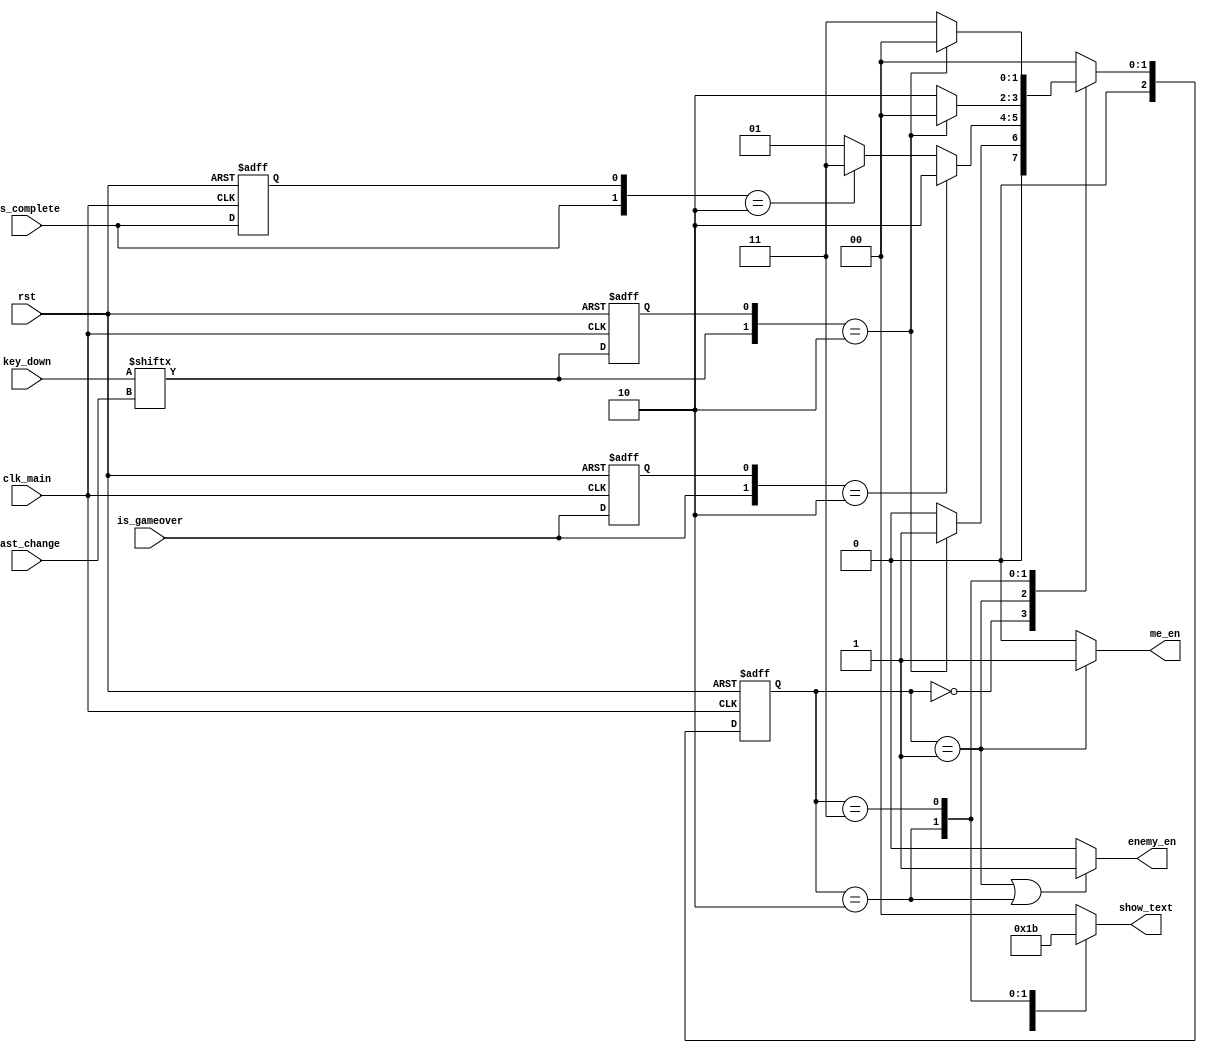
`timescale 1ns / 1ps
//////////////////////////////////////////////////////////////////////////////////
// Company: 
// Engineer: 
// 
// Design Name: 
// Module Name: game_FSM
// Project Name: 
// Target Devices: 
// Tool Versions: 
// Description: 
// 
// Dependencies: 
// 
// Revision:
// Revision 0.01 - File Created
// Additional Comments:
// 
//////////////////////////////////////////////////////////////////////////////////
`define GAME_READY 3'b000
`define GAME_START 3'b001
`define GAME_OVER 3'b010
`define GAME_COMPLETE 3'b011
`define GAME_PAUSE 3'b100

module game_FSM(
    input clk_main,
    input rst,
    input is_gameover,
    input is_complete,
    input [511:0]key_down,
    input [8:0]last_change,
    output reg me_en,
    output reg enemy_en,
    output reg [1:0]show_text//00->show nothing 
                        //01->show"push any butn to start"
                        //10->show gameover
                        //11->show  success
    );
    
    reg is_gameover_tmp,is_complete_tmp,key_down_tmp;
    always@(posedge clk_main or posedge rst)
    if(rst)begin
        is_gameover_tmp <= 0;
        is_complete_tmp <= 0;
        key_down_tmp <= 0;
    end
    else begin
        is_gameover_tmp <= is_gameover;
        is_complete_tmp <= is_complete;
        key_down_tmp <= key_down[last_change];    
    end
    
    reg [2:0]stat,next_stat;
    always@(posedge clk_main or posedge rst)
    if(rst)
        stat<=0;
    else
        stat<=next_stat;
        
    always@*
    case(stat)
    `GAME_READY:
        if({key_down[last_change],key_down_tmp}==2'b10)
            next_stat = `GAME_START;
        else
            next_stat = `GAME_READY;
        
    `GAME_START:    
        if({is_gameover,is_gameover_tmp}==2'b10)
            next_stat = `GAME_OVER;
        else if({is_complete,is_complete_tmp}==2'b10)
            next_stat = `GAME_COMPLETE;
        else
            next_stat = `GAME_START;

    `GAME_OVER:
        if({key_down[last_change],key_down_tmp}==2'b10)
            next_stat = `GAME_READY;
        else
            next_stat = `GAME_OVER;
            
    `GAME_COMPLETE:
        if({key_down[last_change],key_down_tmp}==2'b10)
            next_stat = `GAME_READY;
        else
            next_stat = `GAME_COMPLETE;
    default:next_stat= `GAME_READY;
    endcase
    
    /////output
    always@*
    if(stat==`GAME_START)
        me_en = 1;
    else
        me_en = 0;
        
    always@*
    if(stat==`GAME_START || stat==`GAME_OVER)
        enemy_en = 1;
    else
        enemy_en = 0;   
        
    always@*
    case(stat)
    `GAME_READY: show_text = 2'b01; 
    `GAME_OVER: show_text = 2'b10;
    `GAME_COMPLETE: show_text = 2'b11;
    default: show_text = 2'b00;  
    endcase
    
endmodule